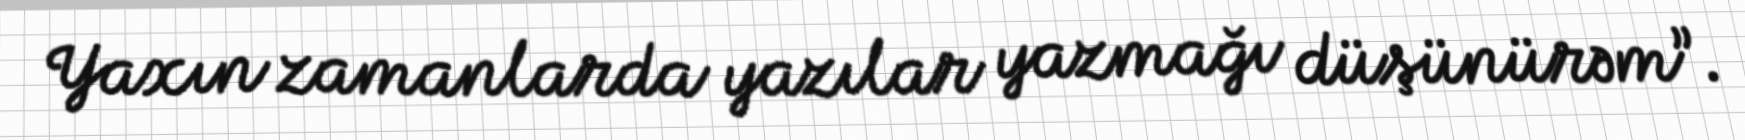
Yaxın zamanlarda yazılar yazmağı düşünürəm”.